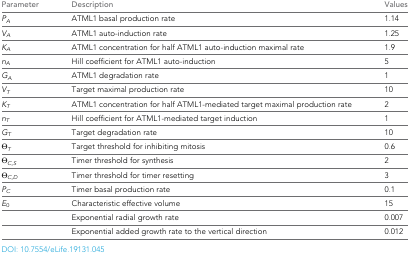
| Parameter | Description | Values |
 | --- | --- | --- |
 | PA | ATML1 basal production rate | 1.14 |
 | VA | ATML1 auto-induction rate | 1.25 |
 | KA | ATML1 concentration for half ATML1 auto-induction maximal rate | 1.9 |
 | nA | Hill coefficient for ATML1 auto-induction | 5 |
 | GA | ATML1 degradation rate | 1 |
 | VT | Target maximal production rate | 10 |
 | KT | ATML1 concentration for half ATML1-mediated target maximal production rate | 2 |
 | nT | Hill coefficient for ATML1-mediated target induction | 1 |
 | GT | Target degradation rate | 10 |
 | ΘT | Target threshold for inhibiting mitosis | 0.6 |
 | ΘC,S | Timer threshold for synthesis | 2 |
 | ΘC,D | Timer threshold for timer resetting | 3 |
 | PC | Timer basal production rate | 0.1 |
 | E0 | Characteristic effective volume | 15 |
 |  | Exponential radial growth rate | 0.007 |
 |  | Exponential added growth rate to the vertical direction | 0.012 |